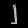
Digit: ၂